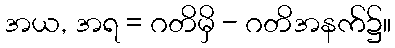
အယ, အရ = ဂတိမှိ - ဂတိအနက်၌။